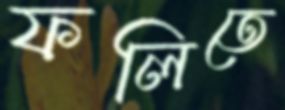
ফলিতে